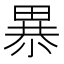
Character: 𰣎